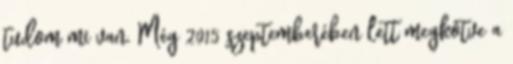
tudom mi van. Még 2015 szeptemberében lett megkötve a